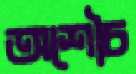
অশৌচ